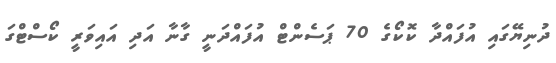
ދުނިޔޭގައި އުފައްދާ ކޮކޯގެ 70 ޕަސެންޓް އުފައްދަނީ ގާނާ އަދި އައިވަރީ ކޯސްޓްގަ